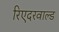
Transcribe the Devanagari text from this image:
रिएदरवाल्ड